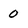
Character: 0